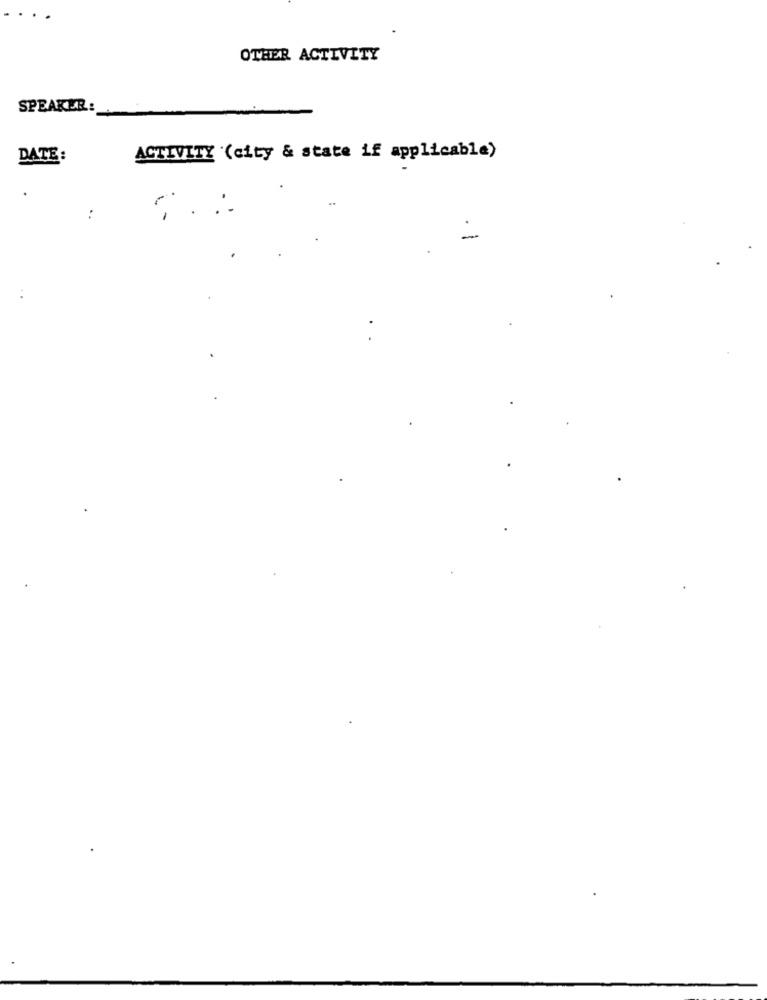
OTHER ACTIVITY
SPEAKUR:
DATE:
ACTIVITY (city & state if applicable)
7 . :